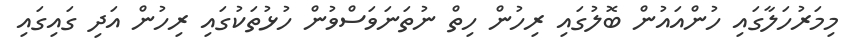
މިމަރުހަލާގައި ހުންއައުން ބޮލުގައި ރިހުން ހިތް ނުތަނަވަސްވުން ހުޅުތަކުގައި ރިހުން އަދި ގައިގައި